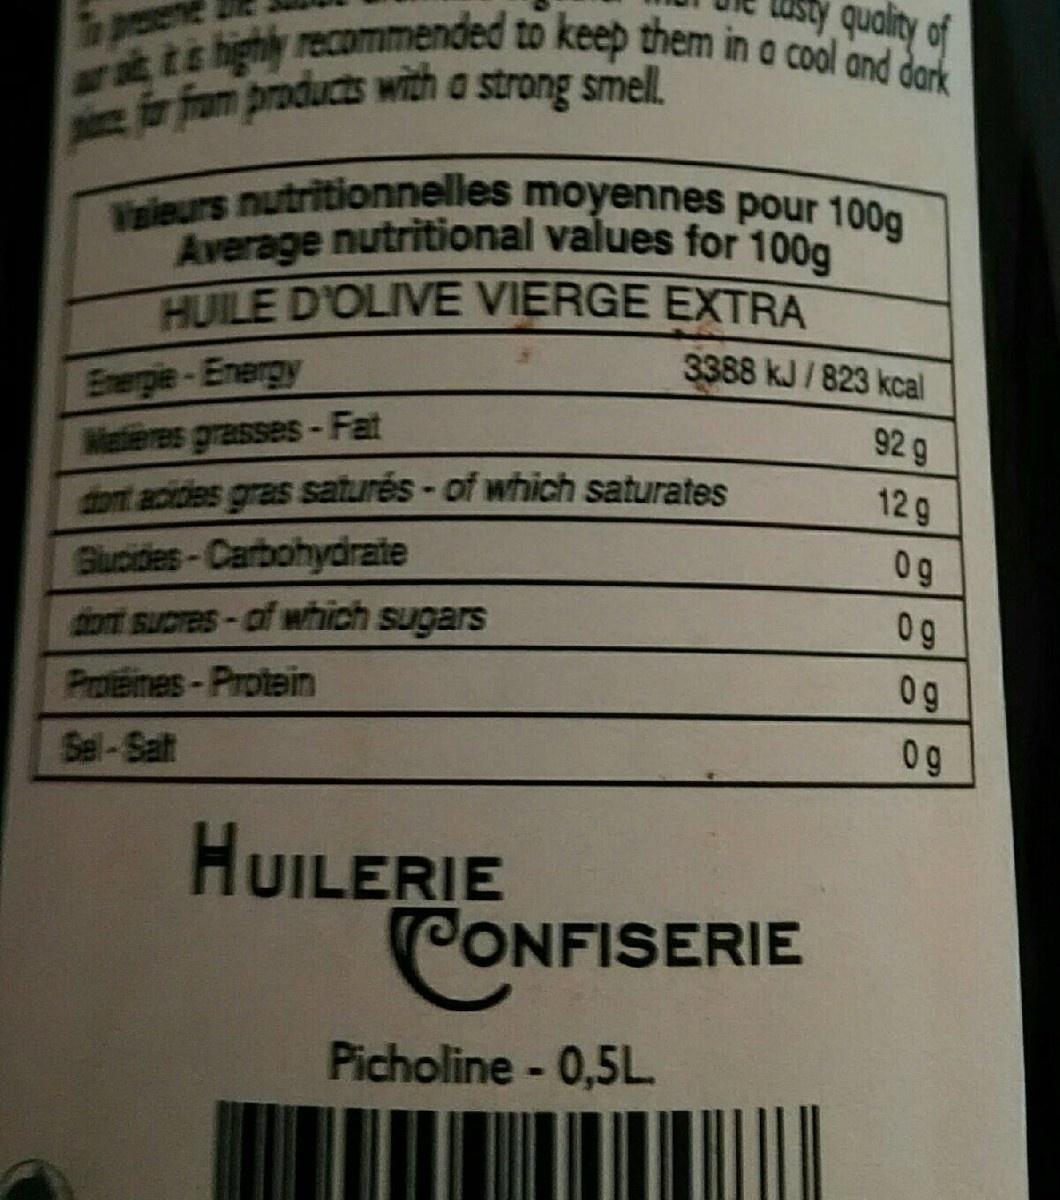
p for fram products with a strong smell.
asty
quality of
ar at, itis highy recommended to keep them in a cool and dark
Vaieurs nutritionnelles moyennes pour 100g
To preseve
ir from products with a strong smell
Average nutritional values for 100g HUILE D'OLIVE VIERGE EXTRA
Energle-Energy Matieres grasses-Fat dont acidies gras saturés-of which saturates
3388 kJ/823 kcal
92 g
12 g
Glucides-Carbohydrate
0g
dont sucres-of which sugars
0g
Prateines-Protein
0g
Sel-Salt
0g
HUILERIE CONFISERIE
Picholine- 0,5L
16